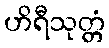
ဟိရီသုတ္တံ